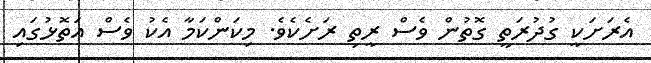
އެރަށަކީ ގުދުރަތީ ގޮތުން ވެސް ރީތި ރަށެކެވެ. މިކަންކަމާ އެކު ވެސް އަތޮޅުގައި